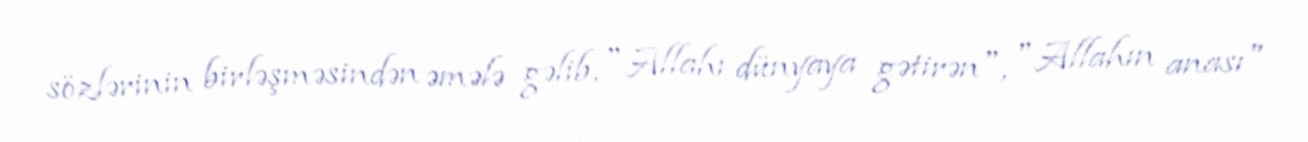
sözlərinin birləşməsindən əmələ gəlib, "Allahı dünyaya gətirən", "Allahın anası"